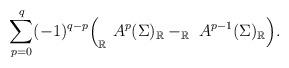
LaTeX: \begin{align*}\sum_{p=0}^q (-1)^{q-p} \Big(_\mathbb{R} \ A^p(\Sigma)_\mathbb{R} -_\mathbb{R} \ A^{p-1}(\Sigma)_\mathbb{R} \Big).\end{align*}